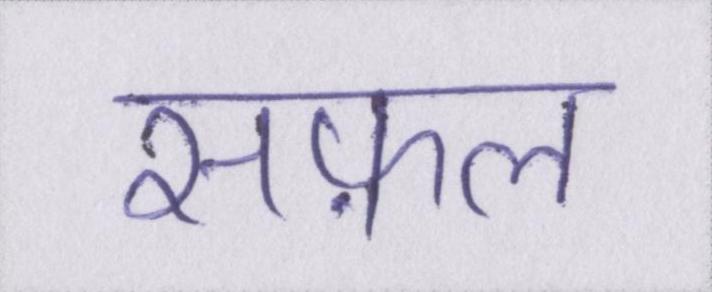
सफ़ल